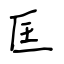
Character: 匡